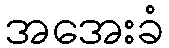
အအေးခံ